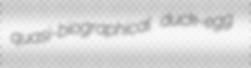
quasi-biographical duck-egg